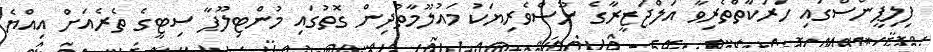
ފިލިޕީންސްގައި ހަރަކާތްތެރިވާ އަލްޖަޒީރާގެ ނޫސްވެރިޔަކު މައުލޫމާތުދިން ގޮތުގައި މުންޓިލޫޕާ ސިޓީގެ ތެރެއަށް އިއްޔެ